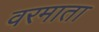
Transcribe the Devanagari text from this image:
वरमाता